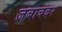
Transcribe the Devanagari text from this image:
जबाबदर